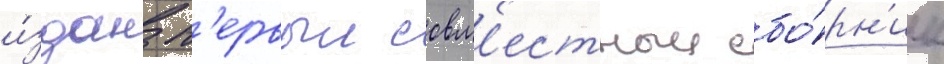
и́здан п'ервыи совм'естныи сбо́рн'ик